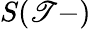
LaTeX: S(\mathscr{T}-)